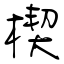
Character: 楔